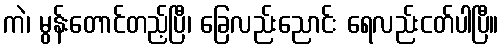
ကဲ၊ မွန်းတောင်တည့်ပြီ၊ ခြေလည်းညောင်း ရေလည်းငတ်ပါပြီ။